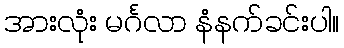
အားလုံး မင်္ဂလာ နံနက်ခင်းပါ။